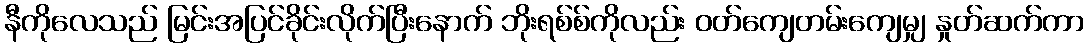
နီကိုလေသည် မြင်းအပြင်ခိုင်းလိုက်ပြီးနောက် ဘိုးရစ်စ်ကိုလည်း ဝတ်ကျေတမ်းကျေမျှ နှုတ်ဆက်ကာ